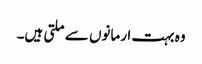
وہ بہت ارمانوں سے ملتی ہیں۔